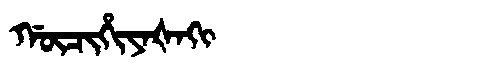
Manchu: ᡤᡡᠴᡳᡥᡳᠶᠠᡧᠠᡴᡳ
Romanization: GŪCIHIYAŠAKI